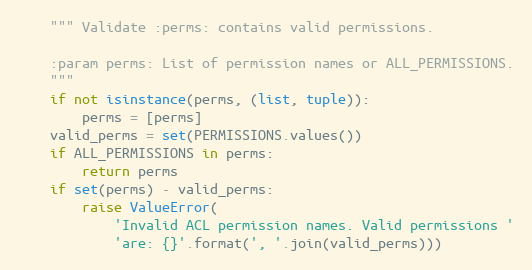
Language: Python
    """ Validate :perms: contains valid permissions.

    :param perms: List of permission names or ALL_PERMISSIONS.
    """
    if not isinstance(perms, (list, tuple)):
        perms = [perms]
    valid_perms = set(PERMISSIONS.values())
    if ALL_PERMISSIONS in perms:
        return perms
    if set(perms) - valid_perms:
        raise ValueError(
            'Invalid ACL permission names. Valid permissions '
            'are: {}'.format(', '.join(valid_perms)))